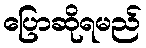
ပြောဆိုရမည်